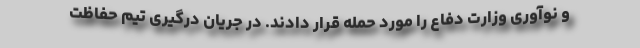
و نوآوری وزارت دفاع را مورد حمله قرار دادند. در جریان درگیری تیم حفاظت